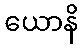
ယောနိ